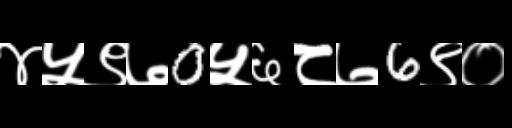
Text: ४५९७0५६८७6९०